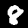
Label: 8